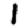
Digit: 1